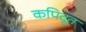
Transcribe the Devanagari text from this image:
कपिदूत